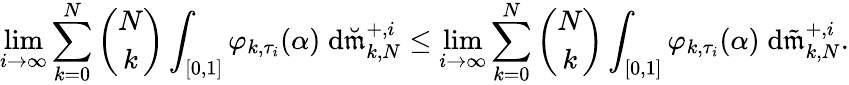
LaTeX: \operatorname*{lim}_{i\to\infty}\sum_{k=0}^{N}{\binom{N}{k}}\int_{[0,1]}\varphi_{k,\tau_{i}}(\alpha)\; \mathrm{d}\breve{\mathfrak{m}}_{k,N}^{+,i}\leq\operatorname*{lim}_{i\to\infty}\sum_{k=0}^{N}{\binom{N}{k}}\int_{[0,1]}\varphi_{k,\tau_{i}}(\alpha)\; \mathrm{d}\tilde{\mathfrak{m}}_{k,N}^{+,i}.